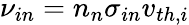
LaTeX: \nu_{in}=n_{n}\sigma_{in}v_{th,i}